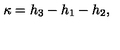
\kappa = h _ { 3 } - h _ { 1 } - h _ { 2 } ,